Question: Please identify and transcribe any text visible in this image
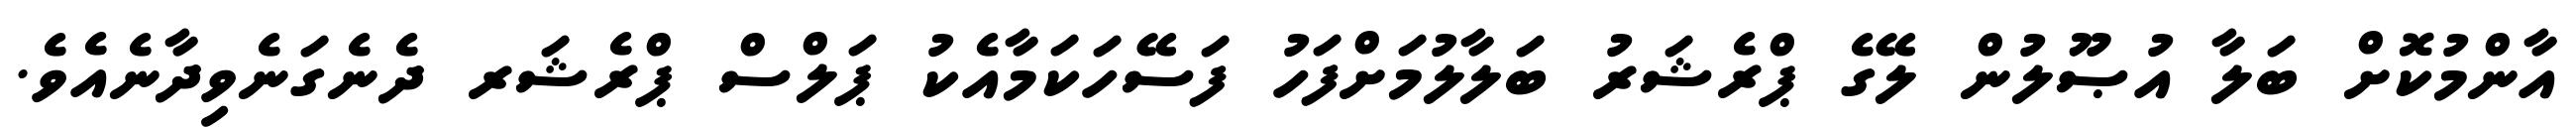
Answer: އާންމުކޮށް ބަލާ އުޞޫލުން ލޭގެ ޕްރެޝަރު ބަލާލުމަށްފަހު ފަސޭހަކަމާއެކު ޕަލްސް ޕްރެޝަރ ދެނެގަނެވިދާނެއެވެ.